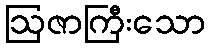
ဩဇာကြီးသော